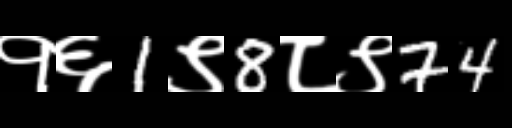
Text: १६1९8८९74